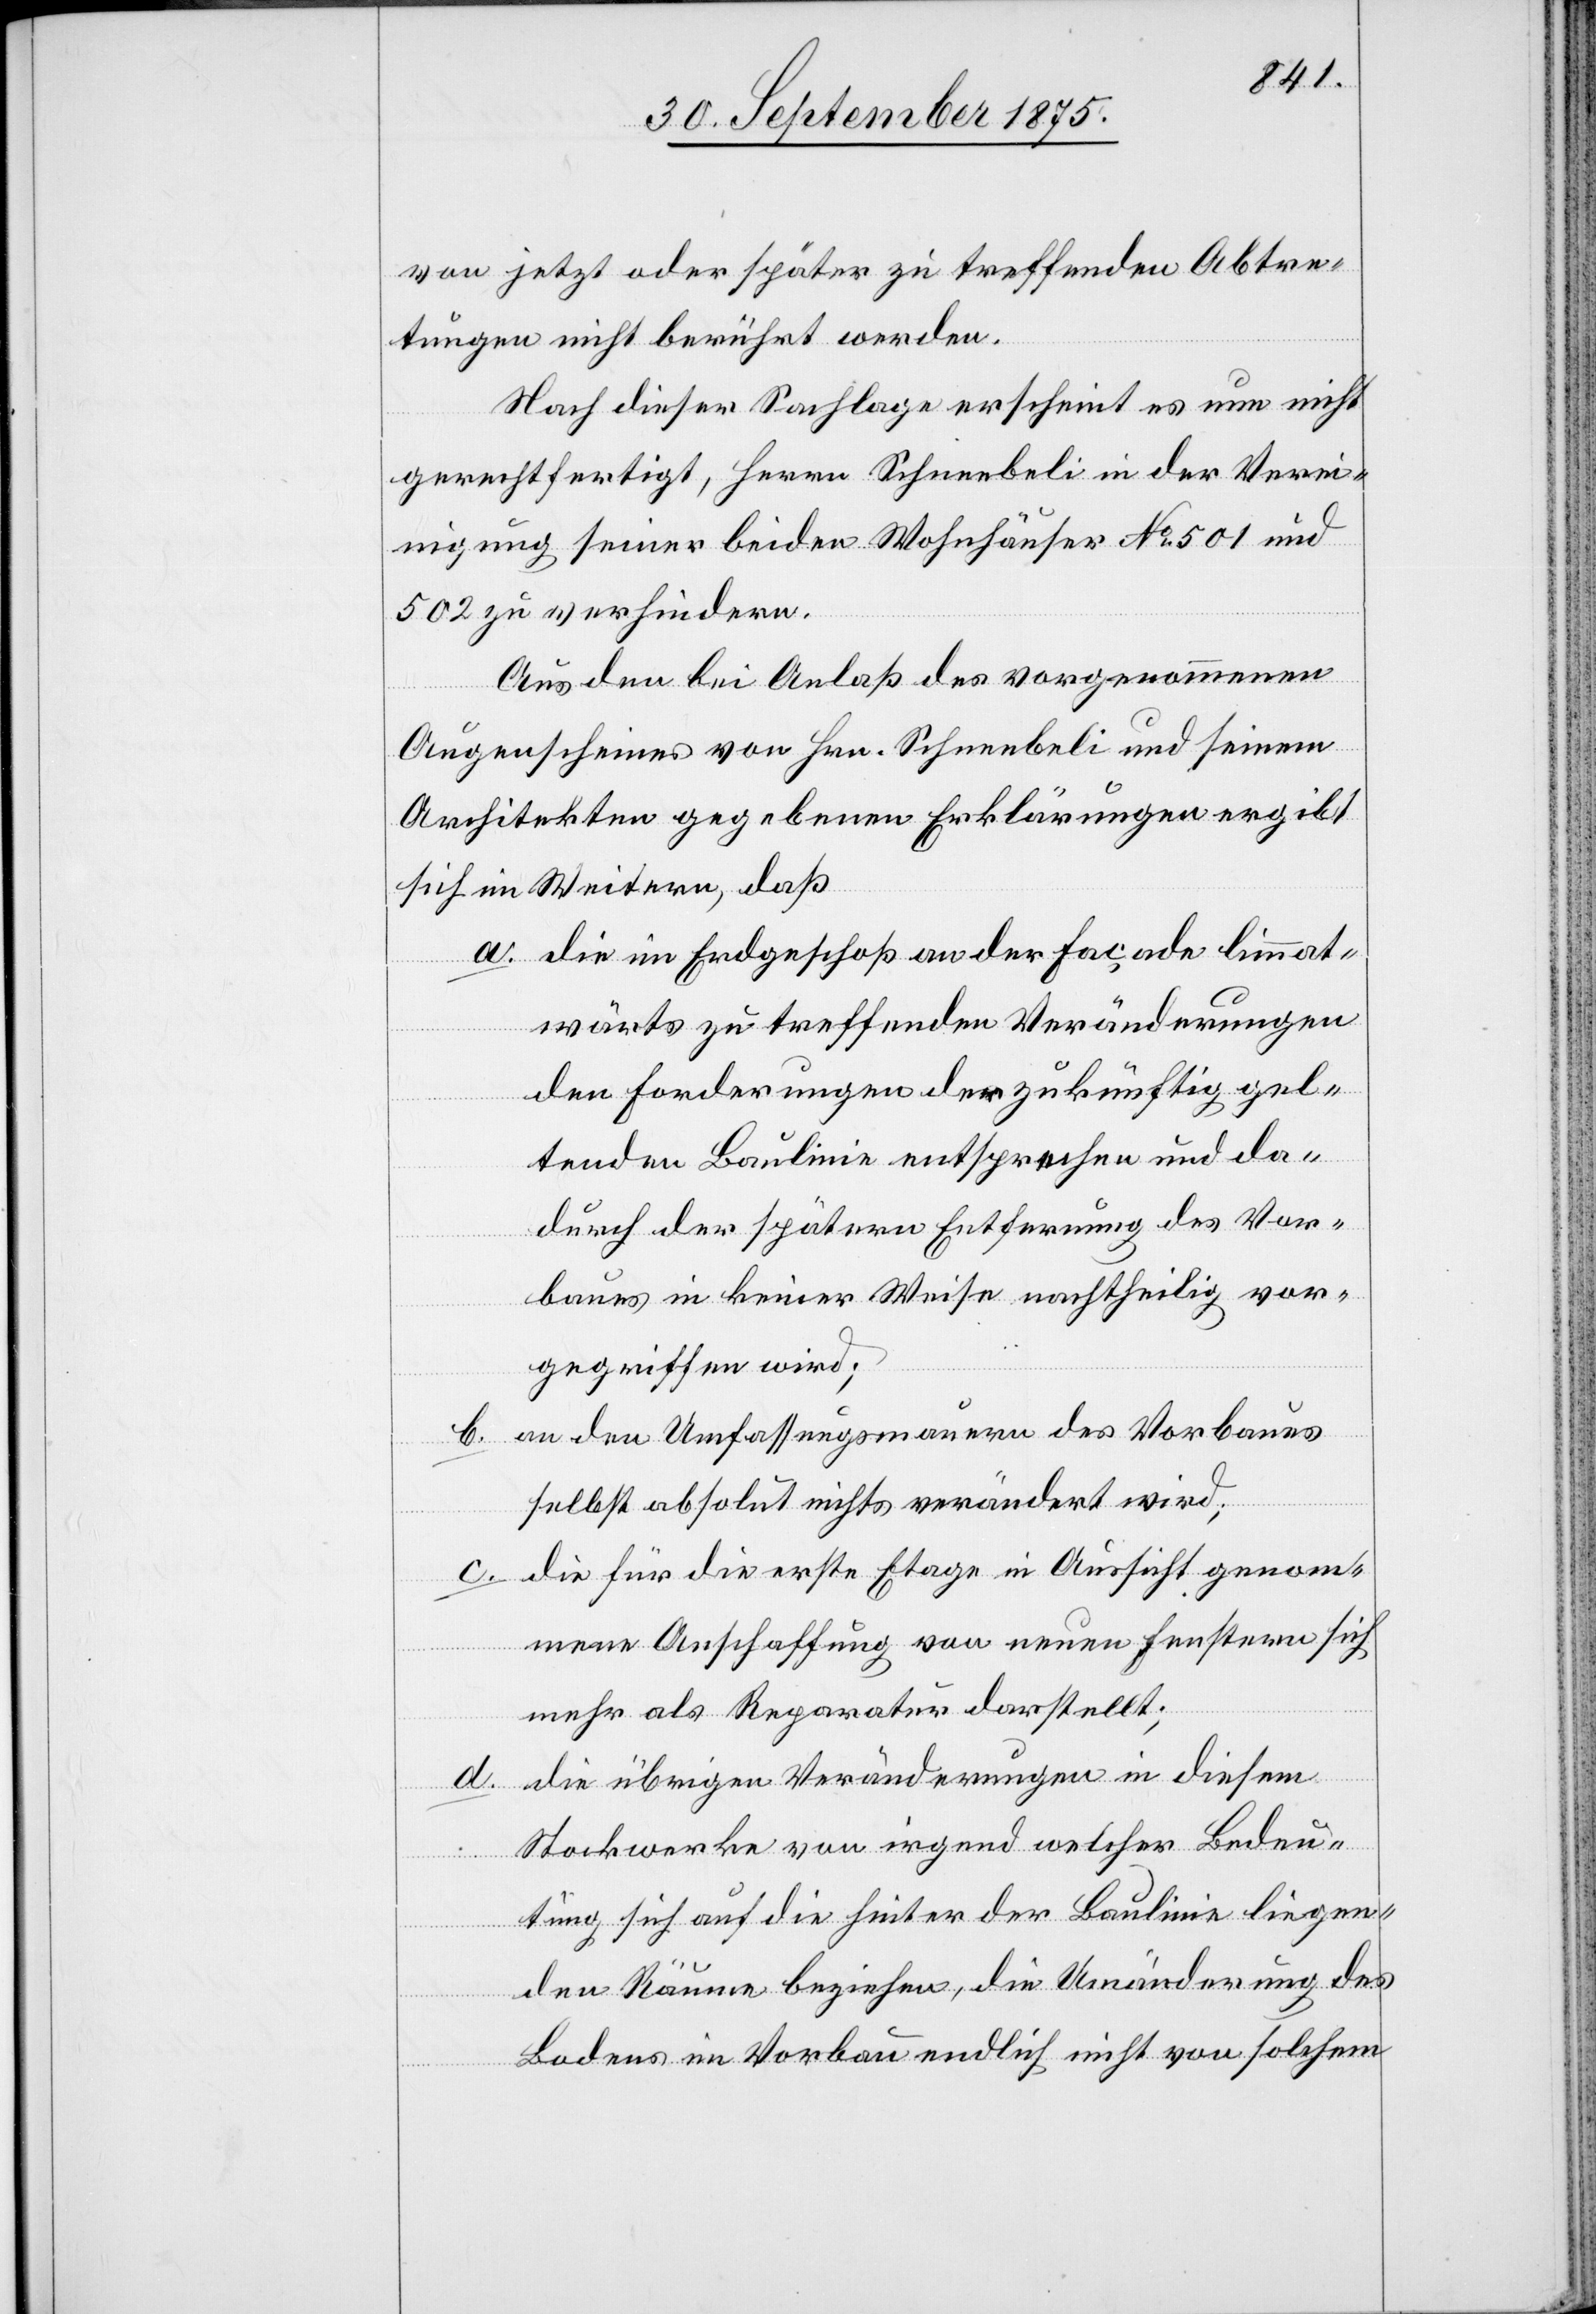
von jetzt oder später zu treffenden Abtre¬
tungen nicht berührt werden.
Nach dieser Sachlage erscheint es nun nicht
gerechtfertigt, Herrn Schneebeli in der Verei¬
nigung seiner beiden Wohnhäuser No 501 und
502 zu verhindern.
Aus den bei Anlaß des vorgenommenen
Augenscheines von Hrn. Schneebeli und seinem
Architekten gegebenen Erklärungen ergibt
sich in Weitern, daß
a. die im Erdgeschoß an der Façade limmat¬
wärts zu treffenden Veränderungen
den Forderungen der zukünftig gel¬
tenden Baulinie entsprechen und da¬
durch der spätern Entfernung des Vor¬
baues in keiner Weise nachtheilig vor¬
gegriffen wird;
an den Umfassungsmauern des Vorbaues
selbst absolut nichts verändert wird;
die für die erste Etage in Aussicht genom¬
mene Anschaffung von neuen Fenstern sich
mehr als Reparatur darstellt;
d.
die übrigen Veränderungen in diesem
Stockwerke von irgend welcher Bedeu¬
tung sich auf die hinter der Baulinie liegen¬
den Räume beziehen, die Veränderung des
Bodens im Vorbau endlich nicht von solchem